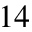
1 4